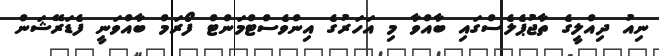
ނިއު ދިއްލީގެ ތާޖުޕެލެސްގައި ބާއްވާ މި އަހަރުގެ އިންވެސްޓްމަންޓް ފޯރަމް ބާއްވަނީ ފެޑަރޭޝަން